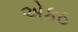
એકઠ